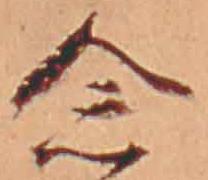
念